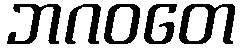
ဘဂဝတေ